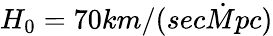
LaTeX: H_{0}=70km/(sec\dot{M}pc)